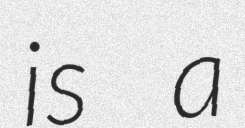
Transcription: is a